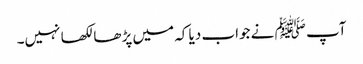
آپ ﷺ نے جواب دیا کہ میں پڑھا لکھا نہیں۔